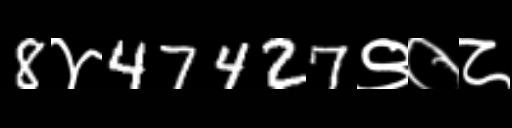
Text: 8४47427९०८